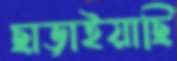
ছাড়াইয়াছি